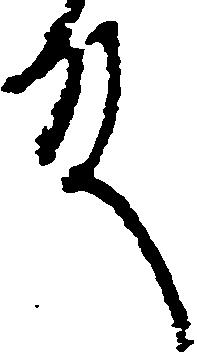
殿